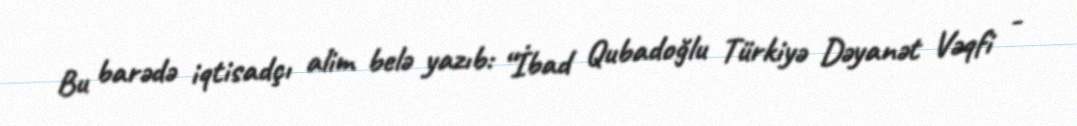
Bu barədə iqtisadçı alim belə yazıb: “İbad Qubadoğlu Türkiyə Dəyanət Vəqfi -